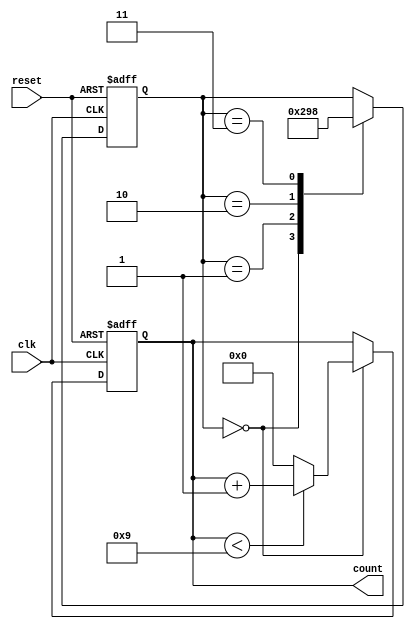
module BCD_counter (
    input clk,
    input reset,
    output reg [3:0] count
);

parameter COUNT_MAX = 4'b1001;

reg [2:0] state;

always @ (posedge clk or posedge reset) begin
    if (reset) begin
        state <= 3'b000;
        count <= 4'b0000;
    end else begin
        case (state)
            3'b000: begin
                if (count < COUNT_MAX) begin
                    count <= count + 1;
                end else begin
                    count <= 4'b0000;
                end
                state <= 3'b001;
            end
            3'b001: begin
                state <= 3'b010;
            end
            3'b010: begin
                state <= 3'b011;
            end
            3'b011: begin
                state <= 3'b000;
            end
        endcase
    end
end

endmodule